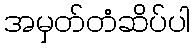
အမှတ်တံဆိပ်ပါ